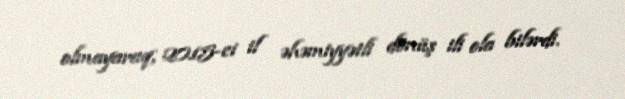
olmayaraq, 2015-ci il əhəmiyyətli dönüş ili ola bilərdi.